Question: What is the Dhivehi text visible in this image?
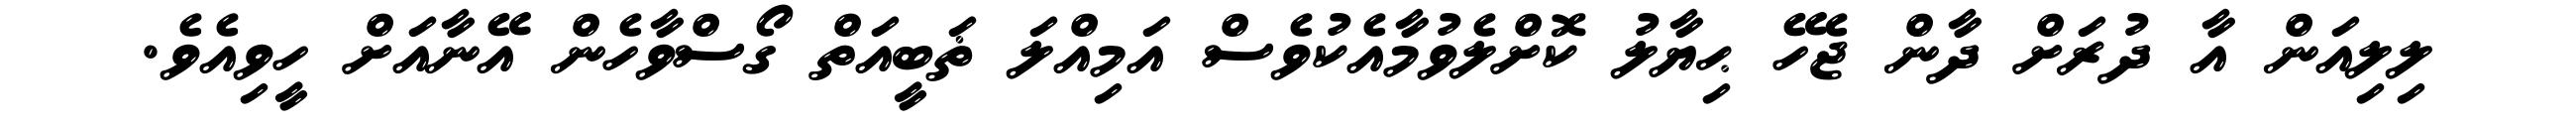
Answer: ލިލިއަން އާ ދުރަށް ދާން ޖެހޭ ޙިޔާލު ކޮށްލެވުމާއެކުވެސް އަމިއްލަ ޡަބީއަތް ގޯސްވާހެން އޭނާއަށް ހީވިއެވެ.